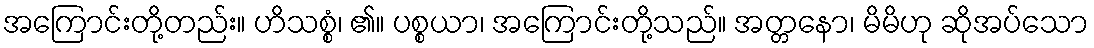
အကြောင်းတို့တည်း။ ဟိသစ္စံ၊ ၏။ ပစ္စယာ၊ အကြောင်းတို့သည်။ အတ္တနော၊ မိမိဟု ဆိုအပ်သော